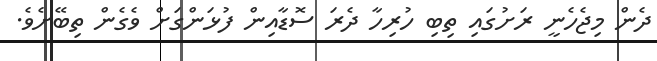
ދެން މިޖެހެނީ ރަށުގައި ތިބި ހުރިހާ ދެރަ ސޮޑާއިން ފުޅަންގަށް ވެގެން ތިބޭށެވެ.